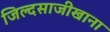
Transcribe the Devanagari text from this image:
जिल्दसाजीखाना